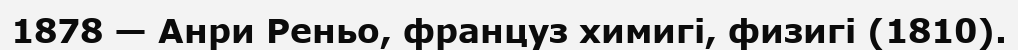
1878 — Анри Реньо, француз химигі, физигі (1810).